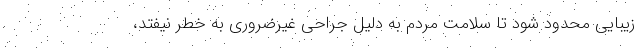
زیبایی محدود شود تا سلامت مردم به دلیل جراحی غیرضروری به خطر نیفتد،